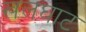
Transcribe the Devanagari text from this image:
खलघाट